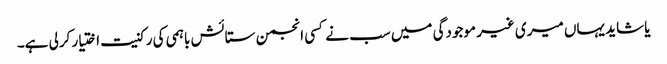
یا شاید یہاں میری غیر موجودگی میں سب نے کسی انجمن ستائش باہمی کی رکنیت اختیار کرلی ہے۔